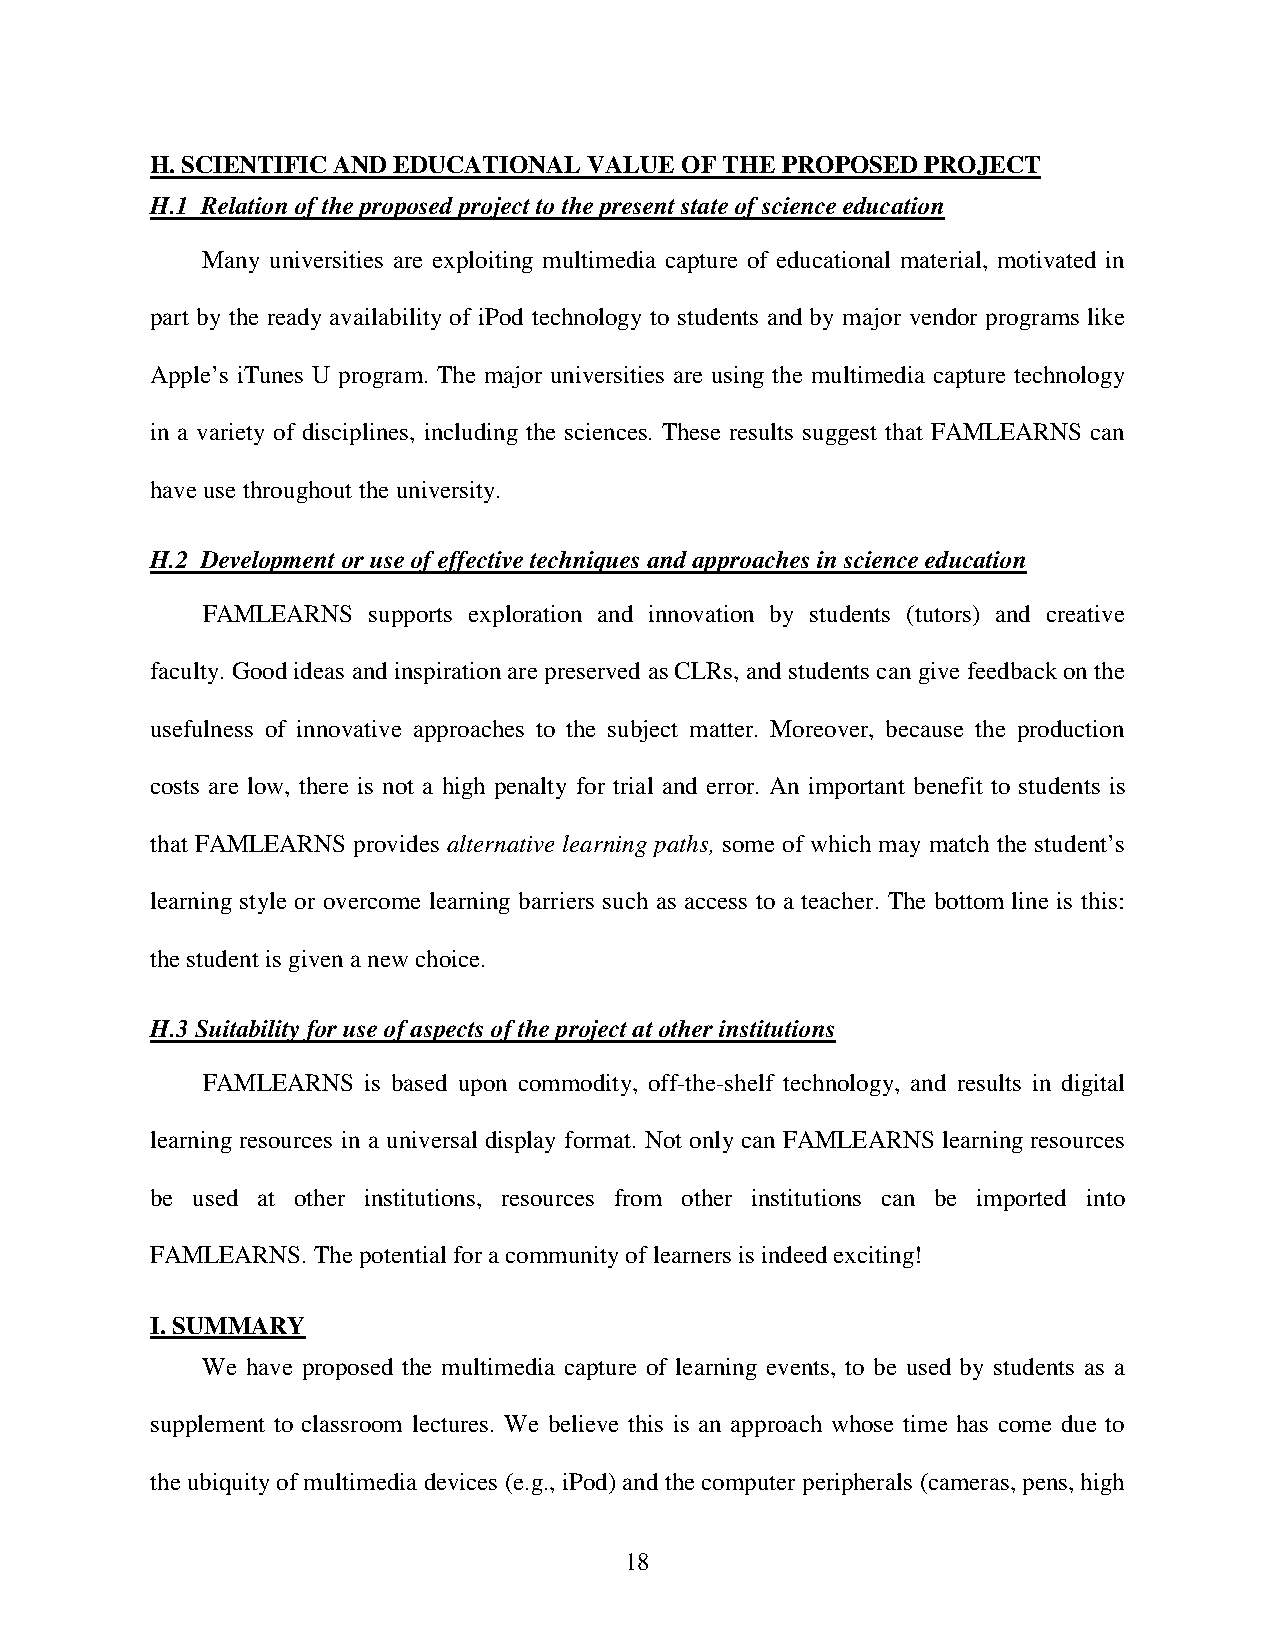
H. SCIENTIFIC AND EDUCATIONAL VALUE OF THE PROPOSED PROJECT
 H.1 Relation of the proposed project to the present state of science education
 Many universities are exploiting multimedia capture of educational material, motivated in
 part by the ready availability of iPod technology to students and by major vendor programs like
 Apple’s iTunes U program. The major universities are using the multimedia capture technology
 in a variety of disciplines, including the sciences. These results suggest that FAMLEARNS can
 have use throughout the university.
 H.2 Development or use of effective techniques and approaches in science education
 FAMLEARNS  supports exploration and innovation by students (tutors) and creative
 faculty. Good ideas and inspiration are preserved as CLRs, and students can give feedback on the
 usefulness of innovative approaches to the subject matter. Moreover, because the production
 costs are low, there is not a high penalty for trial and error. An important benefit to students is
 that FAMLEARNS provides alternative learning paths, some of which may match the student’s
 learning style or overcome learning barriers such as access to a teacher. The bottom line is this:
 the student is given a new choice.
 H.3 Suitability for use of aspects of the project at other institutions
 FAMLEARNS  is based upon commodity, off-the-shelf technology, and results in digital
 learning resources in a universal display format. Not only can FAMLEARNS learning resources
 be used at other institutions, resources from other institutions can be imported into
 FAMLEARNS. The potential for a community of learners is indeed exciting!
 I. SUMMARY
 We have proposed the multimedia capture of learning events, to be used by students as a
 supplement to classroom lectures. We believe this is an approach whose time has come due to
 the ubiquity of multimedia devices (e.g., iPod) and the computer peripherals (cameras, pens, high
 18